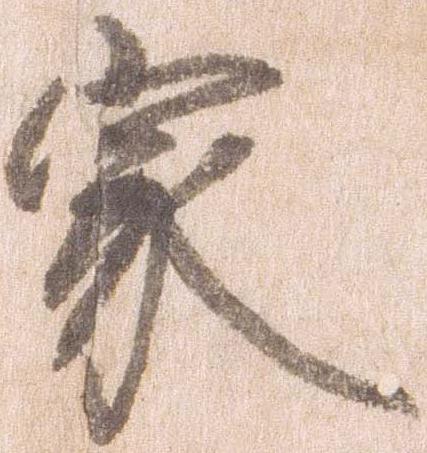
家